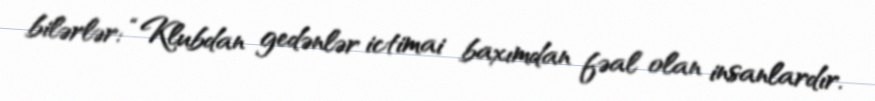
bilərlər: “Klubdan gedənlər ictimai baxımdan fəal olan insanlardır.